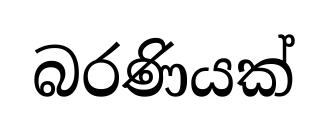
බරණියක්